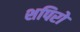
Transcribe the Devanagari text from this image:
शपिरो